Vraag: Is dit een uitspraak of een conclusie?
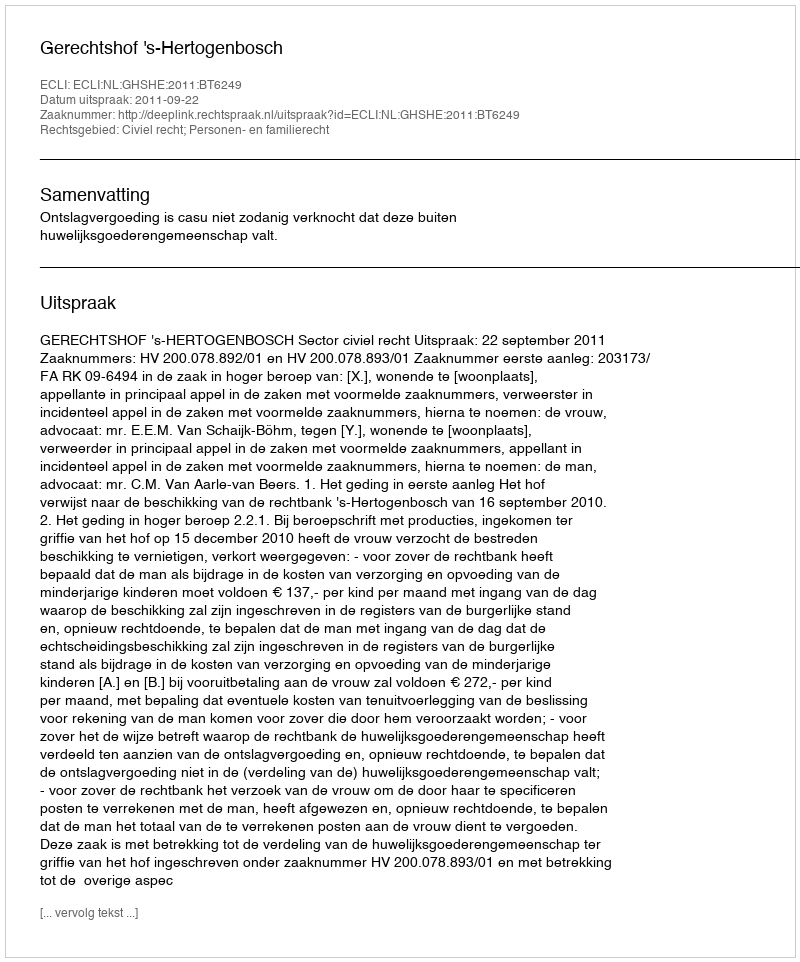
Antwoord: Uitspraak